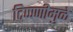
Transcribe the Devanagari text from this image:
टिप्पणीमुळे